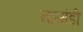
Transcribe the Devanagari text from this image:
नारमंडी